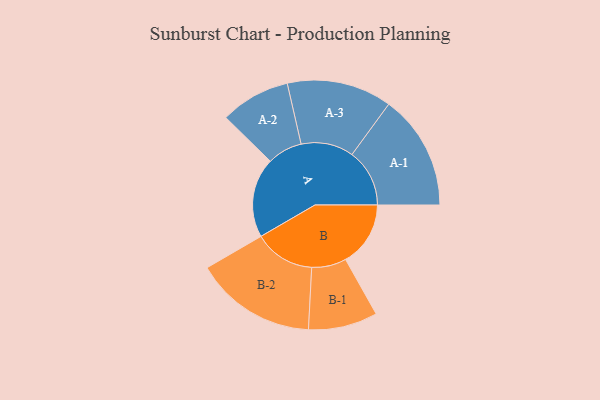
{"axis": {"x": "Segment", "y": "Value"}, "legend": ["", "A", "B"], "data": [{"x": "A", "y": 392, "type": ""}, {"x": "B", "y": 319, "type": ""}, {"x": "A-1", "y": 283, "type": "A"}, {"x": "A-2", "y": 172, "type": "A"}, {"x": "A-3", "y": 258, "type": "A"}, {"x": "B-1", "y": 170, "type": "B"}, {"x": "B-2", "y": 299, "type": "B"}]}